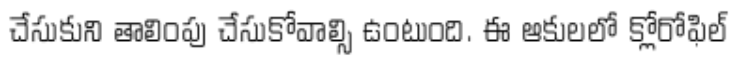
చేసుకుని తాలింపు చేసుకోవాల్సి ఉంటుంది. ఈ ఆకులలో క్లోరోఫిల్